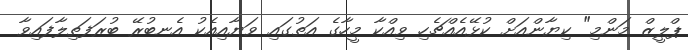
ޕްލީޒް މަންމި" ކިޔާންއަށް ކުޅޭއެއްޗެހި ވިއްކާ މީހާގެ އަތުގައި ވަޔާއިއެކު އެނބުރޭ ބުރަފަތިލާފައިވާ